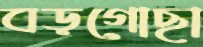
বড়গোছা